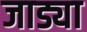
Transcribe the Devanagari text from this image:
जाड्या